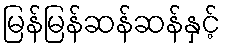
မြန်မြန်ဆန်ဆန်နှင့်